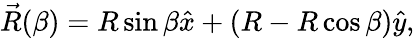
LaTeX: \vec{R}(\beta)=R\sin\beta\hat{x}+(R-R\cos\beta)\hat{y},